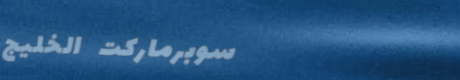
سوبرماركت الخليج